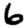
Digit: 6